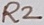
Text: R2